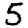
Digit: 5